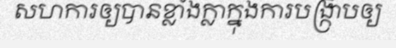
សហការឲ្យបានខ្លាំងក្លាក្នុងការបង្ក្រាបឲ្យ